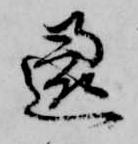
還